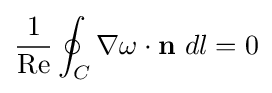
{\frac {1}{\mathrm {Re} }}\oint _{C}\nabla \omega \cdot \mathbf {n} \ dl=0